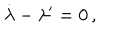
\dot { \lambda } - \lambda ^ { \prime } = 0 \, ,